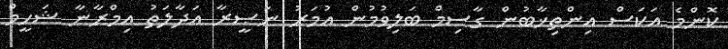
ކޮންމެ އަކަސް އިންތިޚާބުން ގާސިމް ބަލިވުމުން އުމަރު ނަޞީރާ އަދާލަތު އިމްރާނާ ޝަހީމް